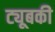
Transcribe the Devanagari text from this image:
ट्यूबकी